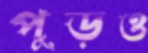
পুড়ও